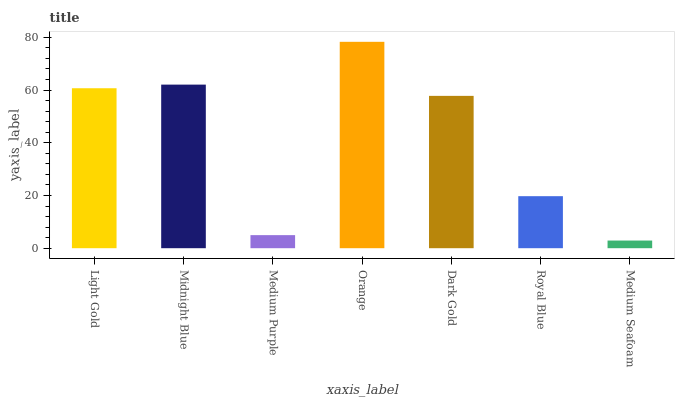
| xaxis_label | bars |
 | --- | --- |
 | Light Gold | 60.7 |
 | Midnight Blue | 62 |
 | Medium Purple | 4.96 |
 | Orange | 78.3 |
 | Dark Gold | 57.8 |
 | Royal Blue | 19.7 |
 | Medium Seafoam | 2.91 |